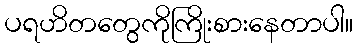
ပရဟိတတွေကိုကြိုးစားနေတာပါ။